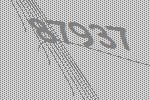
87937